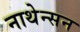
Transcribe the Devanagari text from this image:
नाथेन्सन